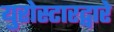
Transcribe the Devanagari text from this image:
युरोस्टारद्वारे